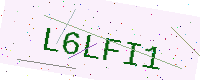
Text: L6LFI1